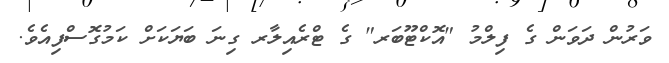
ވަރުން ދަވަން ގެ ފިލްމު "އޮކްޓޫބަރ" ގެ ޓްރެއިލާރ ގިނަ ބަޔަކަށް ކަމުގޮސްފިއެވެ.